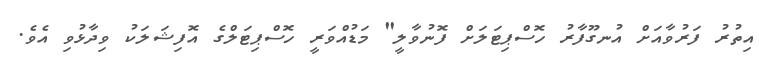
އިތުރު ފަރުވާއަށް އުނގޫފާރު ހޮސްޕިޓަލަށް ފޮނުވާލީ" މަޑުއްވަރީ ހޮސްޕިޓަލްގެ އޮފިޝަލަކު ވިދާޅުވި އެވެ.